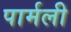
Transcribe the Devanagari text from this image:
पार्मली